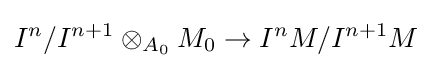
I^{n}/I^{n+1}\otimes _{A_{0}}M_{0}\to I^{n}M/I^{n+1}M